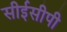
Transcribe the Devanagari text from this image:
सीईसीपी